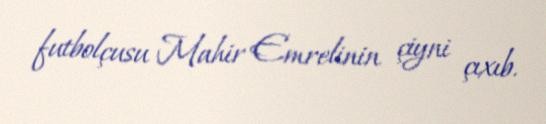
futbolçusu Mahir Emrelinin çiyni çıxıb.